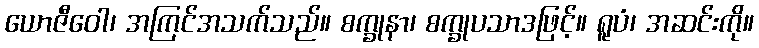
ယောဇီဝေါ၊ အကြင်အသက်သည်။ စက္ခုနာ၊ စက္ခုပသာဒဖြင့်။ ရူပံ၊ အဆင်းကို။